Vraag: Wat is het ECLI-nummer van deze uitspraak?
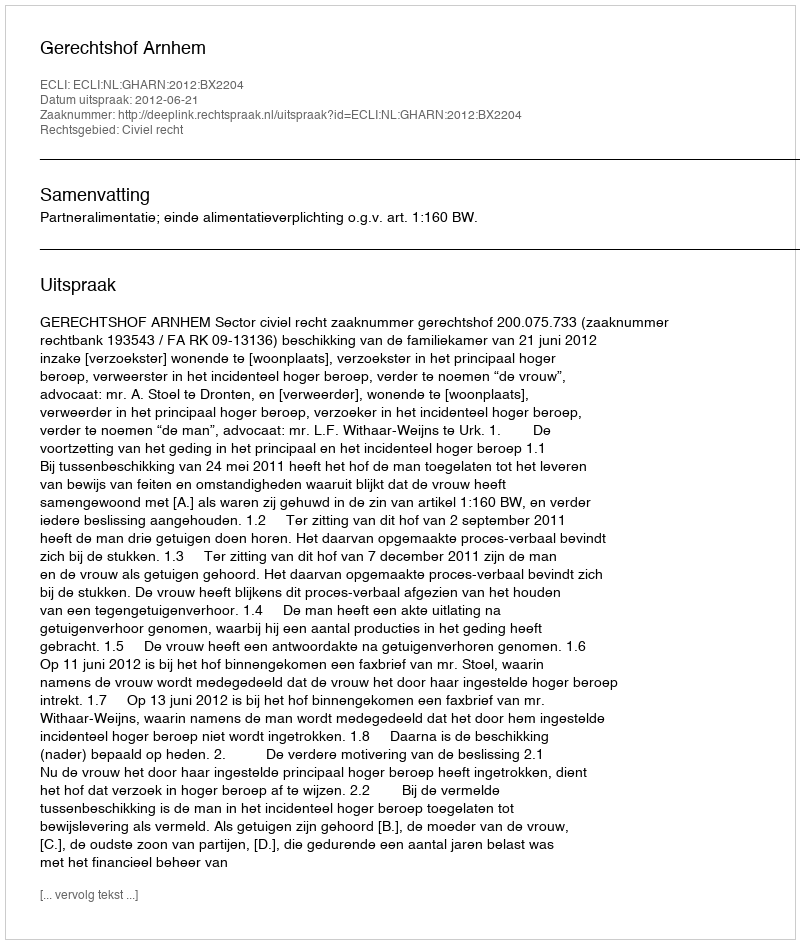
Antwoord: ECLI:NL:GHARN:2012:BX2204